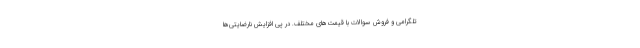
تلگرامی و فروش سوالات با قیمت‌های مختلف. در پی افزایش نارضایتی‌ها